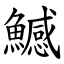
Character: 鱤